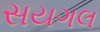
સયગલ